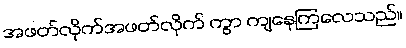
အဖတ်လိုက်အဖတ်လိုက် ကွာ ကျနေကြလေသည်။